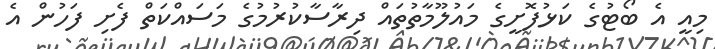
މިއީ އެ ބޯޓުގެ ކަޅުފޮށީގެ މައުލޫމާތުތައް ދިރާސާކުރުމުގެ މަސައްކަތް ފެށި ފަހުން އެ